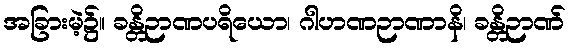
အခြားမဲ့၌။ ခန္တိဉာဏပရိယော၊ ဂါဟဏဉာဏာနိ၊ ခန္တိဉာဏ်